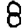
Digit: 8